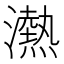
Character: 𪷴